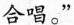
的合唱。”